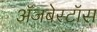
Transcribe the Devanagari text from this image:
ॲजबेस्टॉस